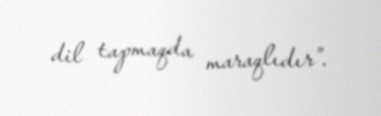
dil tapmaqda maraqlıdır”.